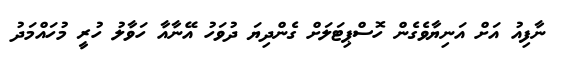
ނާފިއު އަށް އަނިޔާވެގެން ހޮސްޕިޓަލަށް ގެންދިޔަ ދުވަހު އޭނާއާ ހަވާލު ހުރީ މުހައްމަދު